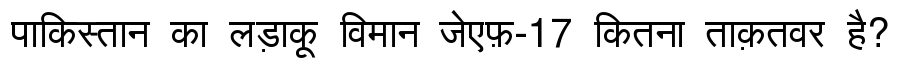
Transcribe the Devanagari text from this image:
पाकिस्तान का लड़ाकू विमान जेएफ़-17 कितना ताक़तवर है?